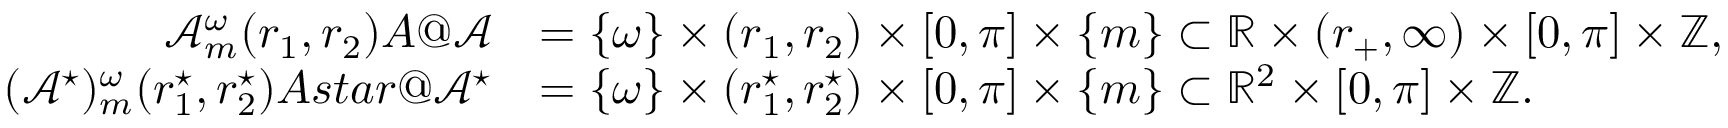
\begin{array} { r l } { \mathcal { A } _ { m } ^ { \omega } ( r _ { 1 } , r _ { 2 } ) \index { A @ \mathcal { A } } } & { = \{ \omega \} \times ( r _ { 1 } , r _ { 2 } ) \times [ 0 , \pi ] \times \{ m \} \subset \mathbb { R } \times ( r _ { + } , \infty ) \times [ 0 , \pi ] \times \mathbb { Z } , } \\ { ( \mathcal { A } ^ { \star } ) _ { m } ^ { \omega } ( r _ { 1 } ^ { \star } , r _ { 2 } ^ { \star } ) \index { A s t a r @ \mathcal { A } ^ { \star } } } & { = \{ \omega \} \times ( r _ { 1 } ^ { \star } , r _ { 2 } ^ { \star } ) \times [ 0 , \pi ] \times \{ m \} \subset \mathbb { R } ^ { 2 } \times [ 0 , \pi ] \times \mathbb { Z } . } \end{array}